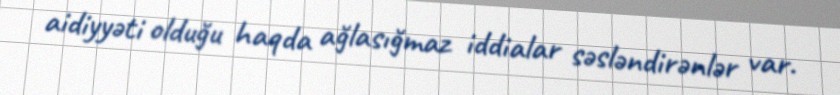
aidiyyəti olduğu haqda ağlasığmaz iddialar səsləndirənlər var.